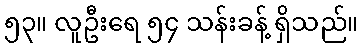
၅၃။ လူဦးရေ ၅၄ သန်းခန့် ရှိသည်။